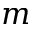
m